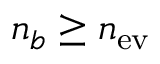
n _ { b } \geq n _ { \mathrm { e v } }